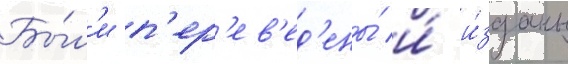
Бы́л'и п'ер'ев'ед'ены́ и́ и́зданы